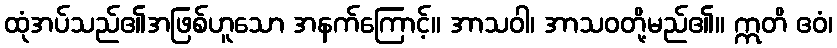
ထုံအပ်သည်၏အဖြစ်ဟူသော အနက်ကြောင့်။ အာသဝါ၊ အာသဝတို့မည်၏။ ဣတိ ဧဝံ၊